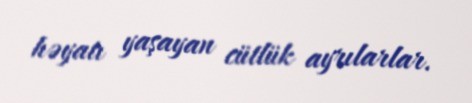
həyatı yaşayan cütlük ayrılarlar.